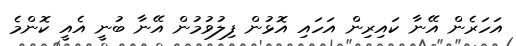
އަހަރެން އޭނާ ކައިރިން އަހައި އޮޅުން ފިލުވުމުން އޭނާ ބުނީ އެއީ ކޮންމެ